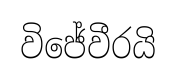
විජේවීරයි